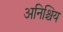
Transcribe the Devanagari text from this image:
अनिश्चिय